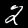
Label: 2